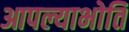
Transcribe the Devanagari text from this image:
आपल्याभोति